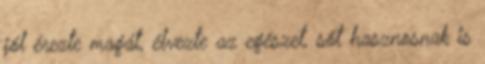
jól érezte magát, élvezte az egészet, sőt hasznosnak is